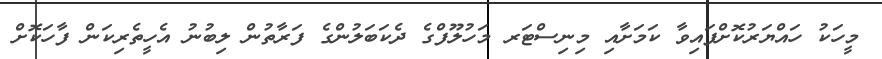
މީހަކު ހައްޔަރުކޮށްފައިވާ ކަމަށާއި މިނިސްޓަރ މަހުލޫފްގެ ދެކަބަލުންގެ ފަރާތުން ލިބުނު އެހީތެރިކަން ފާހަކޮށް